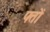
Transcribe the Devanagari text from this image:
फ्तों